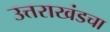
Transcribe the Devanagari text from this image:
उत्तराखंडचा